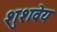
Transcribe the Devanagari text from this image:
शुशवेय